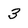
Character: 3